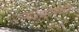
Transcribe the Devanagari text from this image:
वसुधैवकुटुम्बकम्